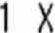
1 X